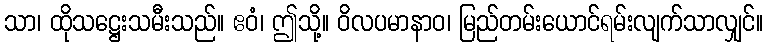
သာ၊ ထိုသဋ္ဌေးသမီးသည်။ ဧဝံ၊ ဤသို့။ ဝိလပမာနာဝ၊ မြည်တမ်းယောင်ရမ်းလျက်သာလျှင်။